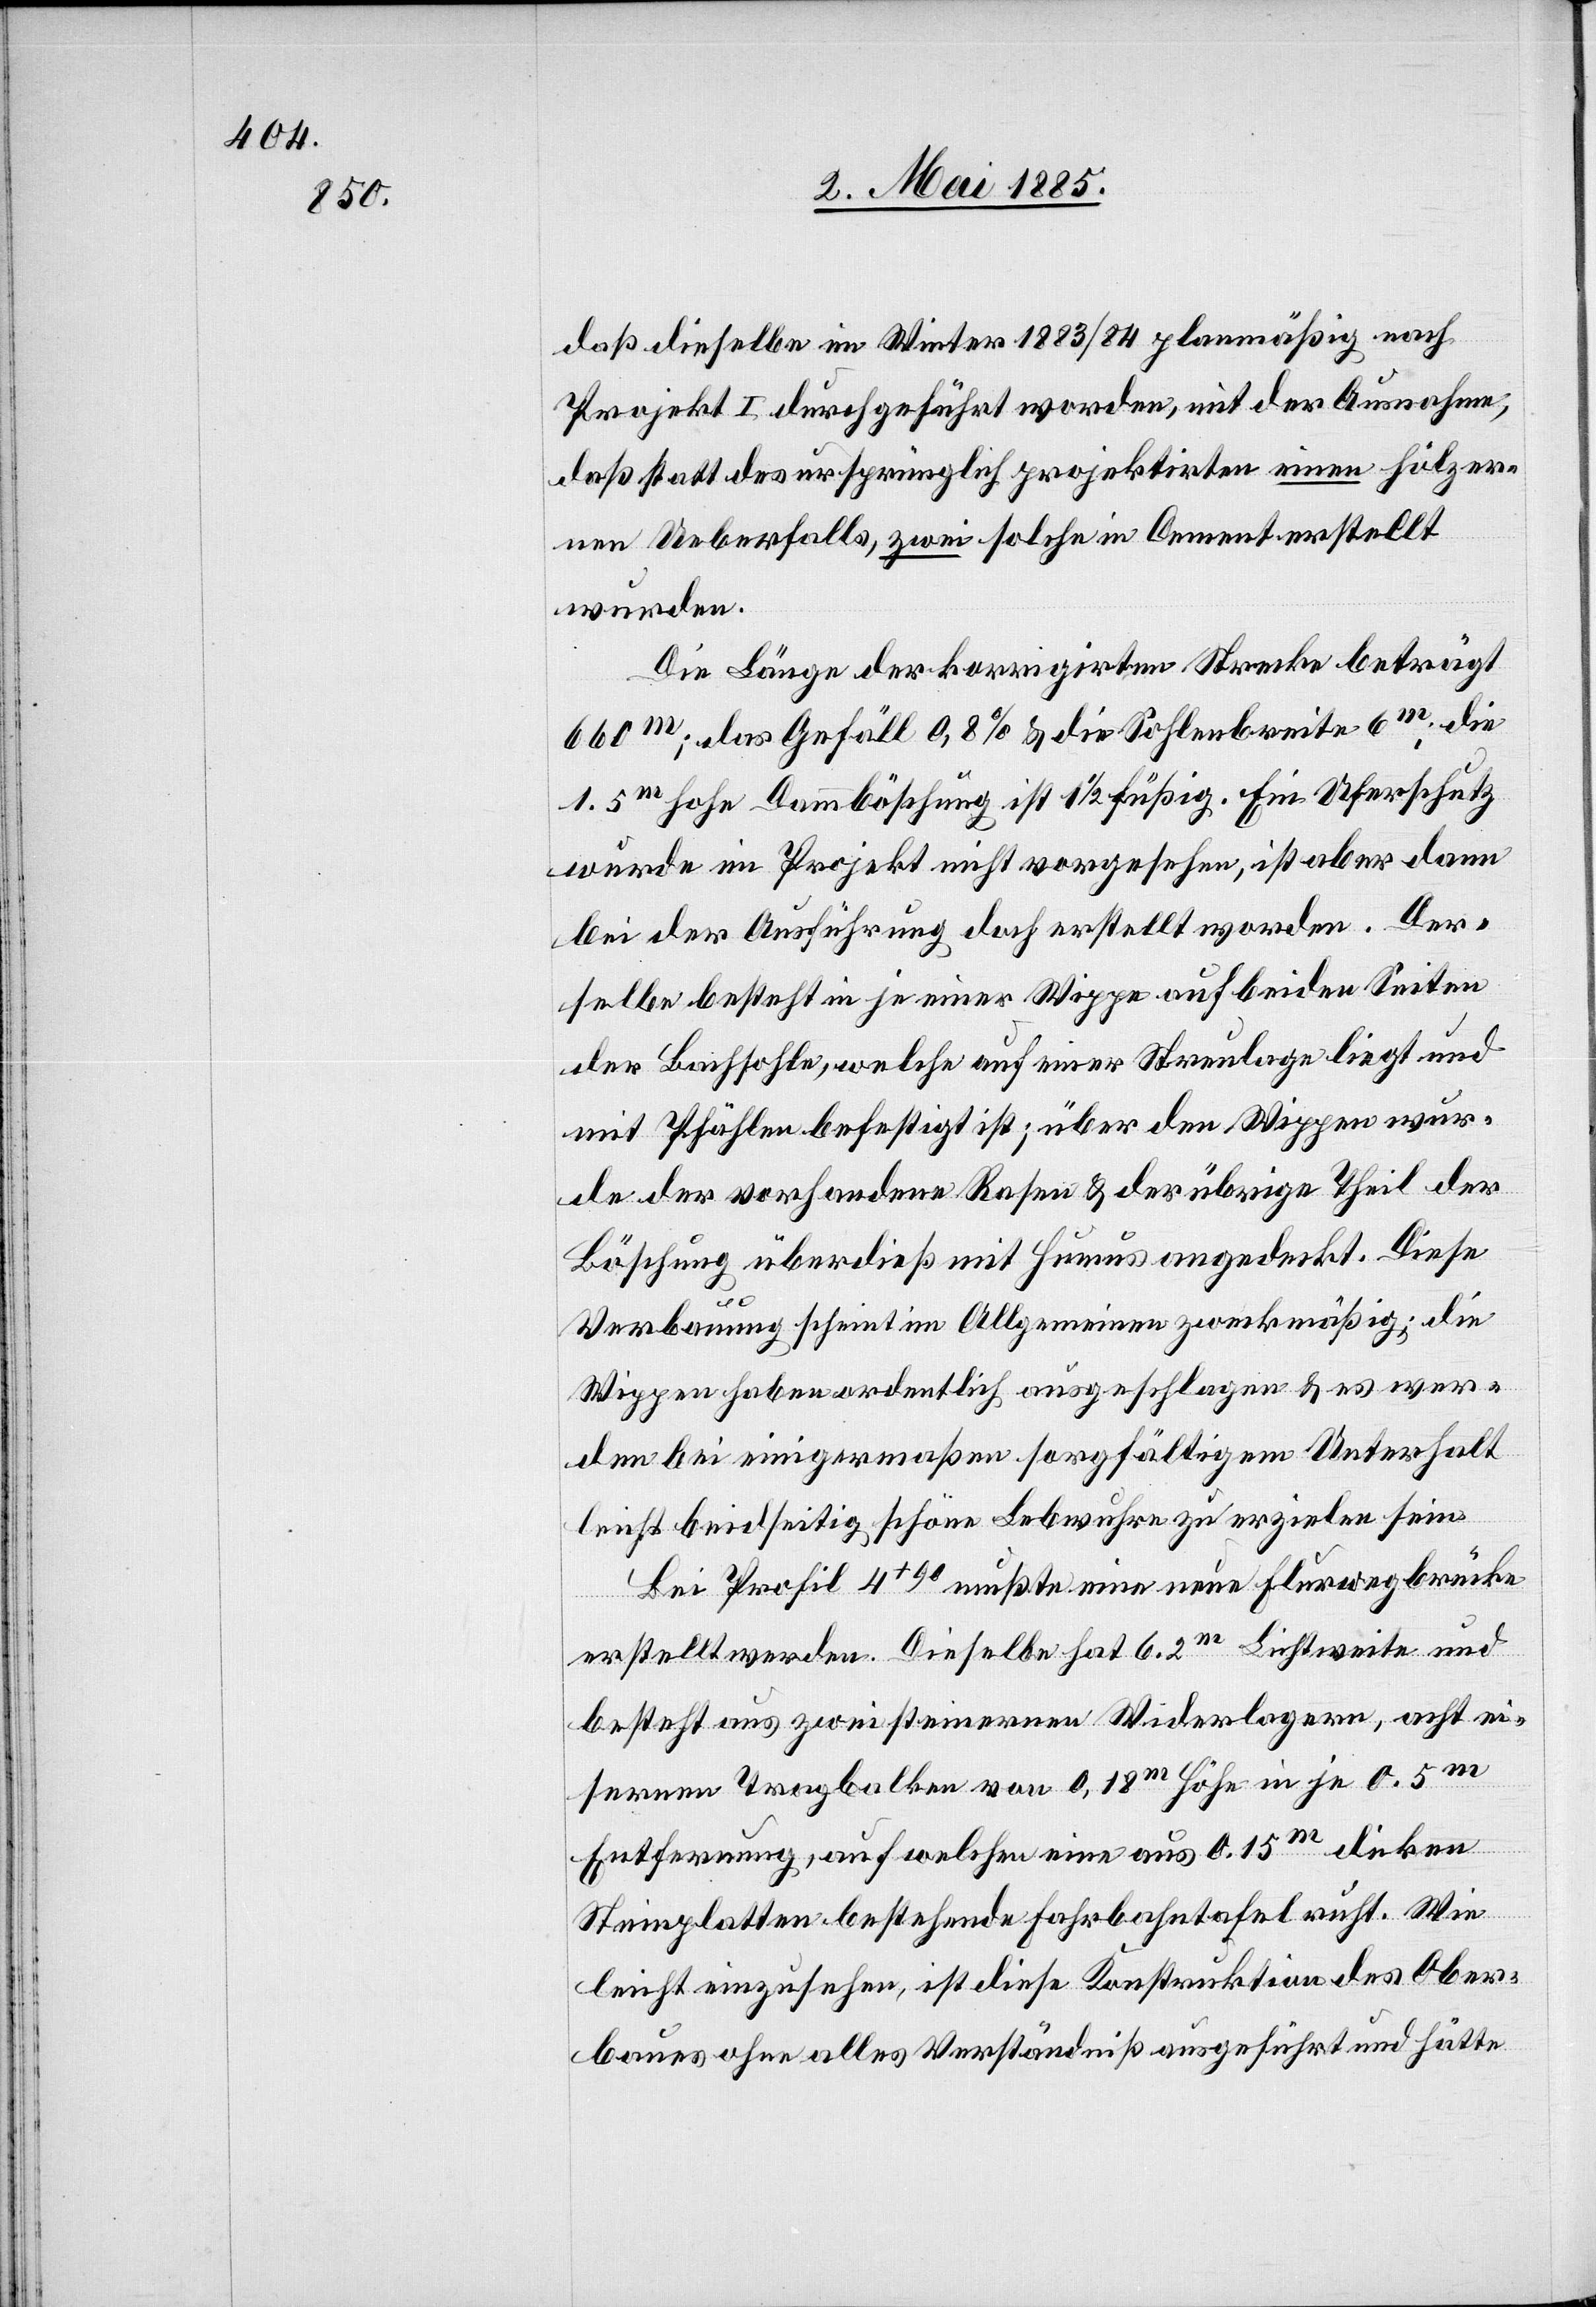
daß dieselbe im Winter 1883/84 planmäßig nach
Projekt I durchgeführt worden, mit der Ausnahme,
daß statt des ursprünglich projektirten einen hölzer¬
nen Ueberfalls, zwei solche in Cement erstellt
wurden.
Die Länge der korrigirten Strecke beträgt
660 m; das Gefäll 0,8% & die Sohlenbreite 6 m, die
1.5 m hohe Dammböschung ist 1 1/2füßig. Ein Uferschutz
wurde im Projekt nicht vorgesehen, ist aber dann
bei der Ausführung doch erstellt worden. Der¬
selbe besteht in je einer Wippe auf beiden Seiten
der Bachsohle, welche auf einer Streulage liegt und
mit Pfählen befestigt ist; über den Wippen wur¬
de der vorhandene Rasen & der übrige Theil der
Böschung überdieß mit Humus angedeckt. Diese
Verbauung scheint im Allgemeinen zweckmäßig; die
Wippen haben ordentlich ausgeschlagen & es wer¬
den bei einigermaßen sorgfältigem Unterhalt
leicht beidseitig schöne Lebwuhren zu erzielen sein.
Bei Profil 4+90 mußte eine neue Flurwegbrücke
erstellt werden. Dieselbe hat 6.2 m Lichtweite und
besteht aus zwei steinernen Widerlagern, acht ei¬
sernen Tragbalken von 0,18 m Höhe in je 0.5 m
Entfernung, auf welchen eine aus 0.15 m dicken
Steinplatten bestehende Fahrbahntafel ruht. Wie
leicht einzusehen, ist diese Konstruktion des Ober¬
baues ohne alles Verständniß ausgeführt und hätte